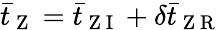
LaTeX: \bar{t}_{\mathrm{~Z~}}=\bar{t}_{\mathrm{~Z~I~}}+\delta\bar{t}_{\mathrm{~Z~R~}}